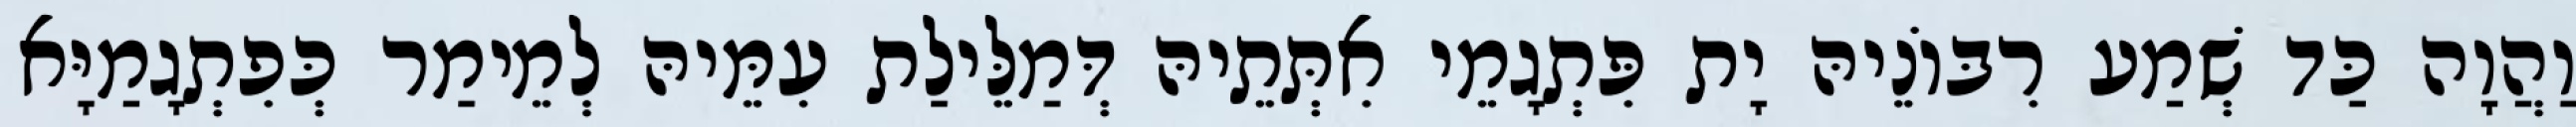
וַהֲוָה כַּד שְׁמַע רִבּוֹנֵיהּ יָת פִּתְגָמֵי אִתְּתֵיהּ דְּמַלֵּילַת עִמֵּיהּ לְמֵימַר כְּפִתְגָמַיָּא